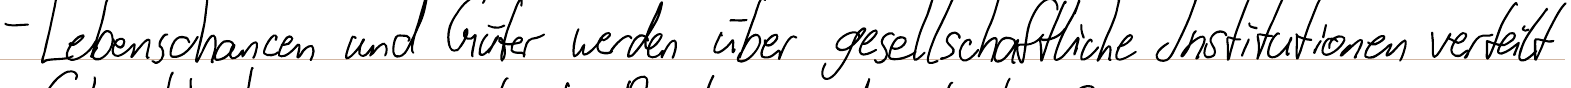
- Lebenschancen und Güter werden über gesellschaftliche Institutionen verteilt